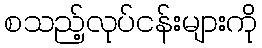
စသည့်လုပ်ငန်းများကို